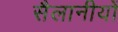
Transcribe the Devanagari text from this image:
सैलानीयों